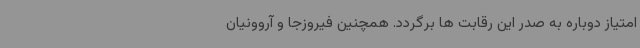
امتیاز دوباره به صدر این رقابت ها برگردد. همچنین فیروزجا و آروونیان